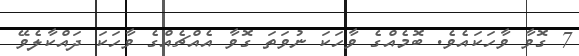
7 ގޮވާ ވާހަކައެވެ. ބޮމެއްގެ ވާހަކަ ނުވަތަ ގޮވާ އެއްޗެއްގެ ވާހަކަ ދައްކާލެވޭ